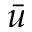
\bar { u }